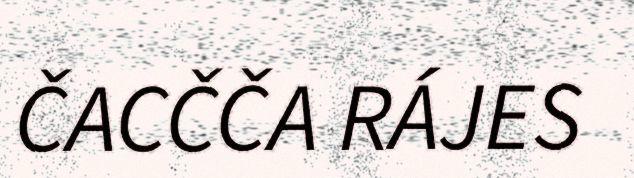
ČACČČA RÁJES